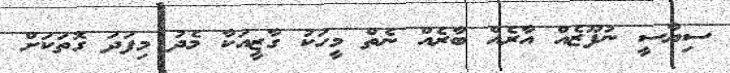
ސިޔާސީ ނުފޫޒެއް އާރެއް ބާރެއް ނެތް މީހަކު ގާޒީއަކާ މެދު މިފަދަ ގޮތަކަށް